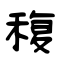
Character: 稪